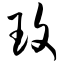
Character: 玫